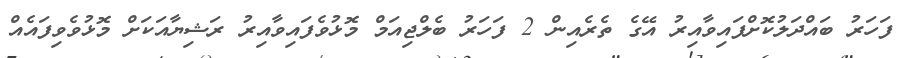
ފަހަރު ބައްދަލުކޮށްފައިވާއިރު އޭގެ ތެރެއިން 2 ފަހަރު ބެލްޖިއަމް މޮޅުވެފައިވާއިރު ރަޝިޔާއަކަށް މޮޅުވެވިފައެއް